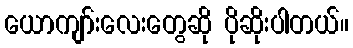
ယောကျာ်းလေးတွေဆို ပိုဆိုးပါတယ်။